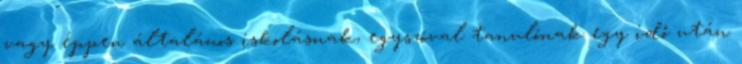
vagy éppen általános iskolásnak, egyszóval tanulónak egy idő után